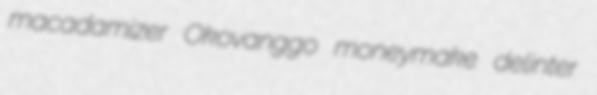
macadamizer Okovanggo moneymake delinter